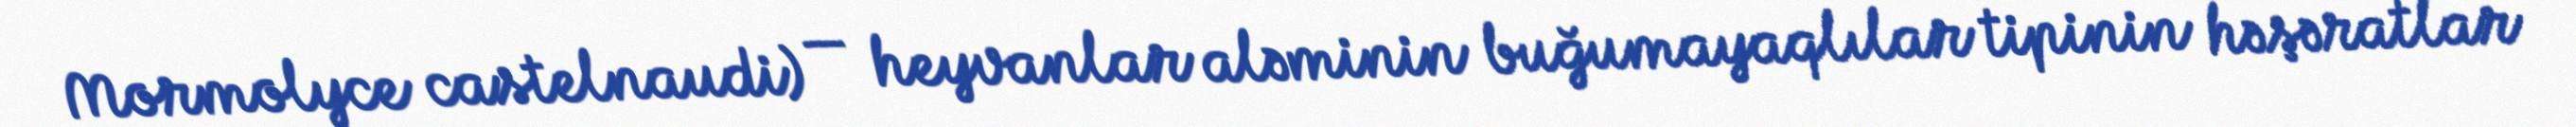
Mormolyce castelnaudi) — heyvanlar aləminin buğumayaqlılar tipinin həşəratlar